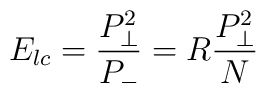
E_{lc} ={P_{\perp}^2 \over P_-} =R{P_{\perp}^2 \over N}